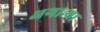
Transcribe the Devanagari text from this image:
अगान्था